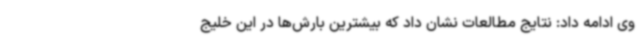
وی ادامه داد: نتایج مطالعات نشان داد که بیشترین بارش‌ها در این خلیج